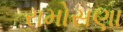
રામોસણા